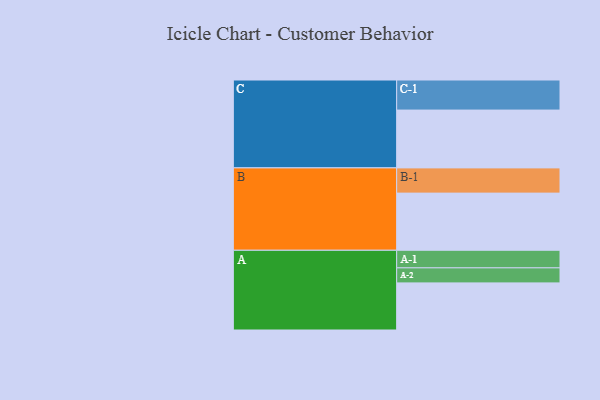
{"axis": {"x": "Segment", "y": "Value"}, "legend": ["", "A", "B", "C"], "data": [{"x": "A", "y": 426, "type": ""}, {"x": "B", "y": 517, "type": ""}, {"x": "C", "y": 523, "type": ""}, {"x": "A-1", "y": 159, "type": "A"}, {"x": "A-2", "y": 136, "type": "A"}, {"x": "B-1", "y": 228, "type": "B"}, {"x": "C-1", "y": 272, "type": "C"}]}